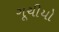
ગૂચીયો